Bréfritari: Ólafur Ólafsson
Viðtakandi: Jón Borgfirðingur
Dagsetning: A-1854-02-12
Skrifað á: Sólheimum í Blönduhlíð  Skag.

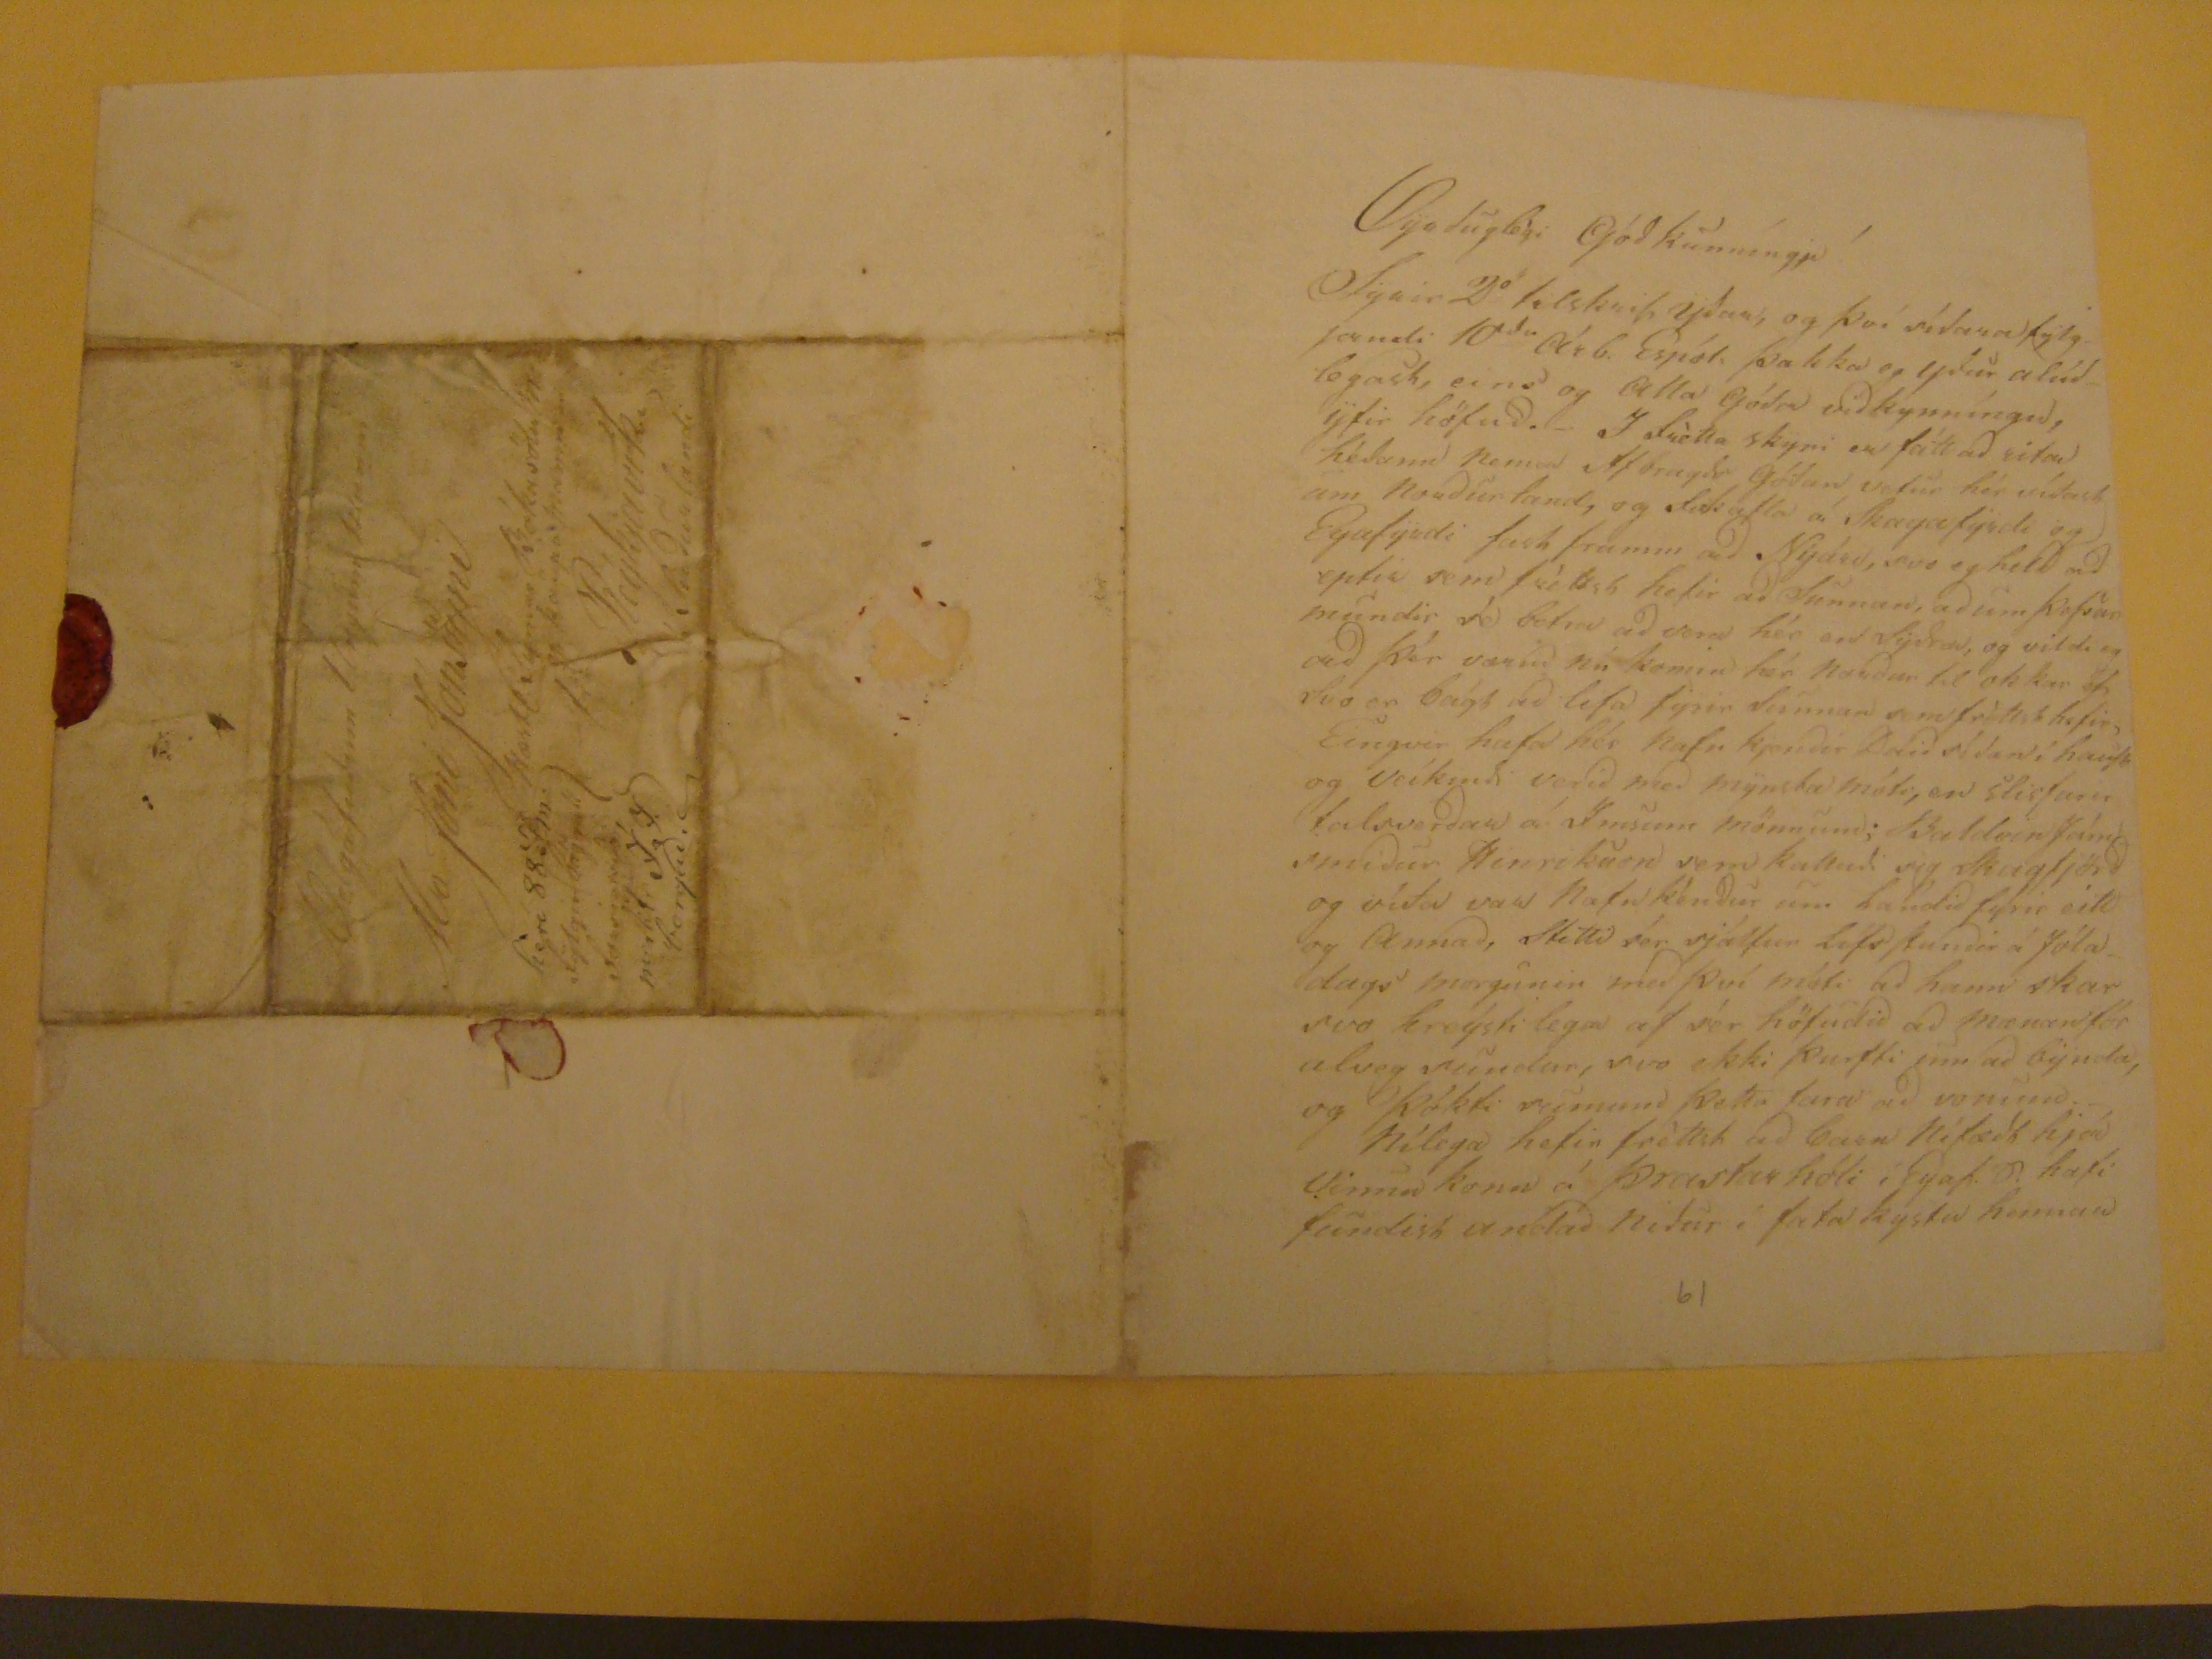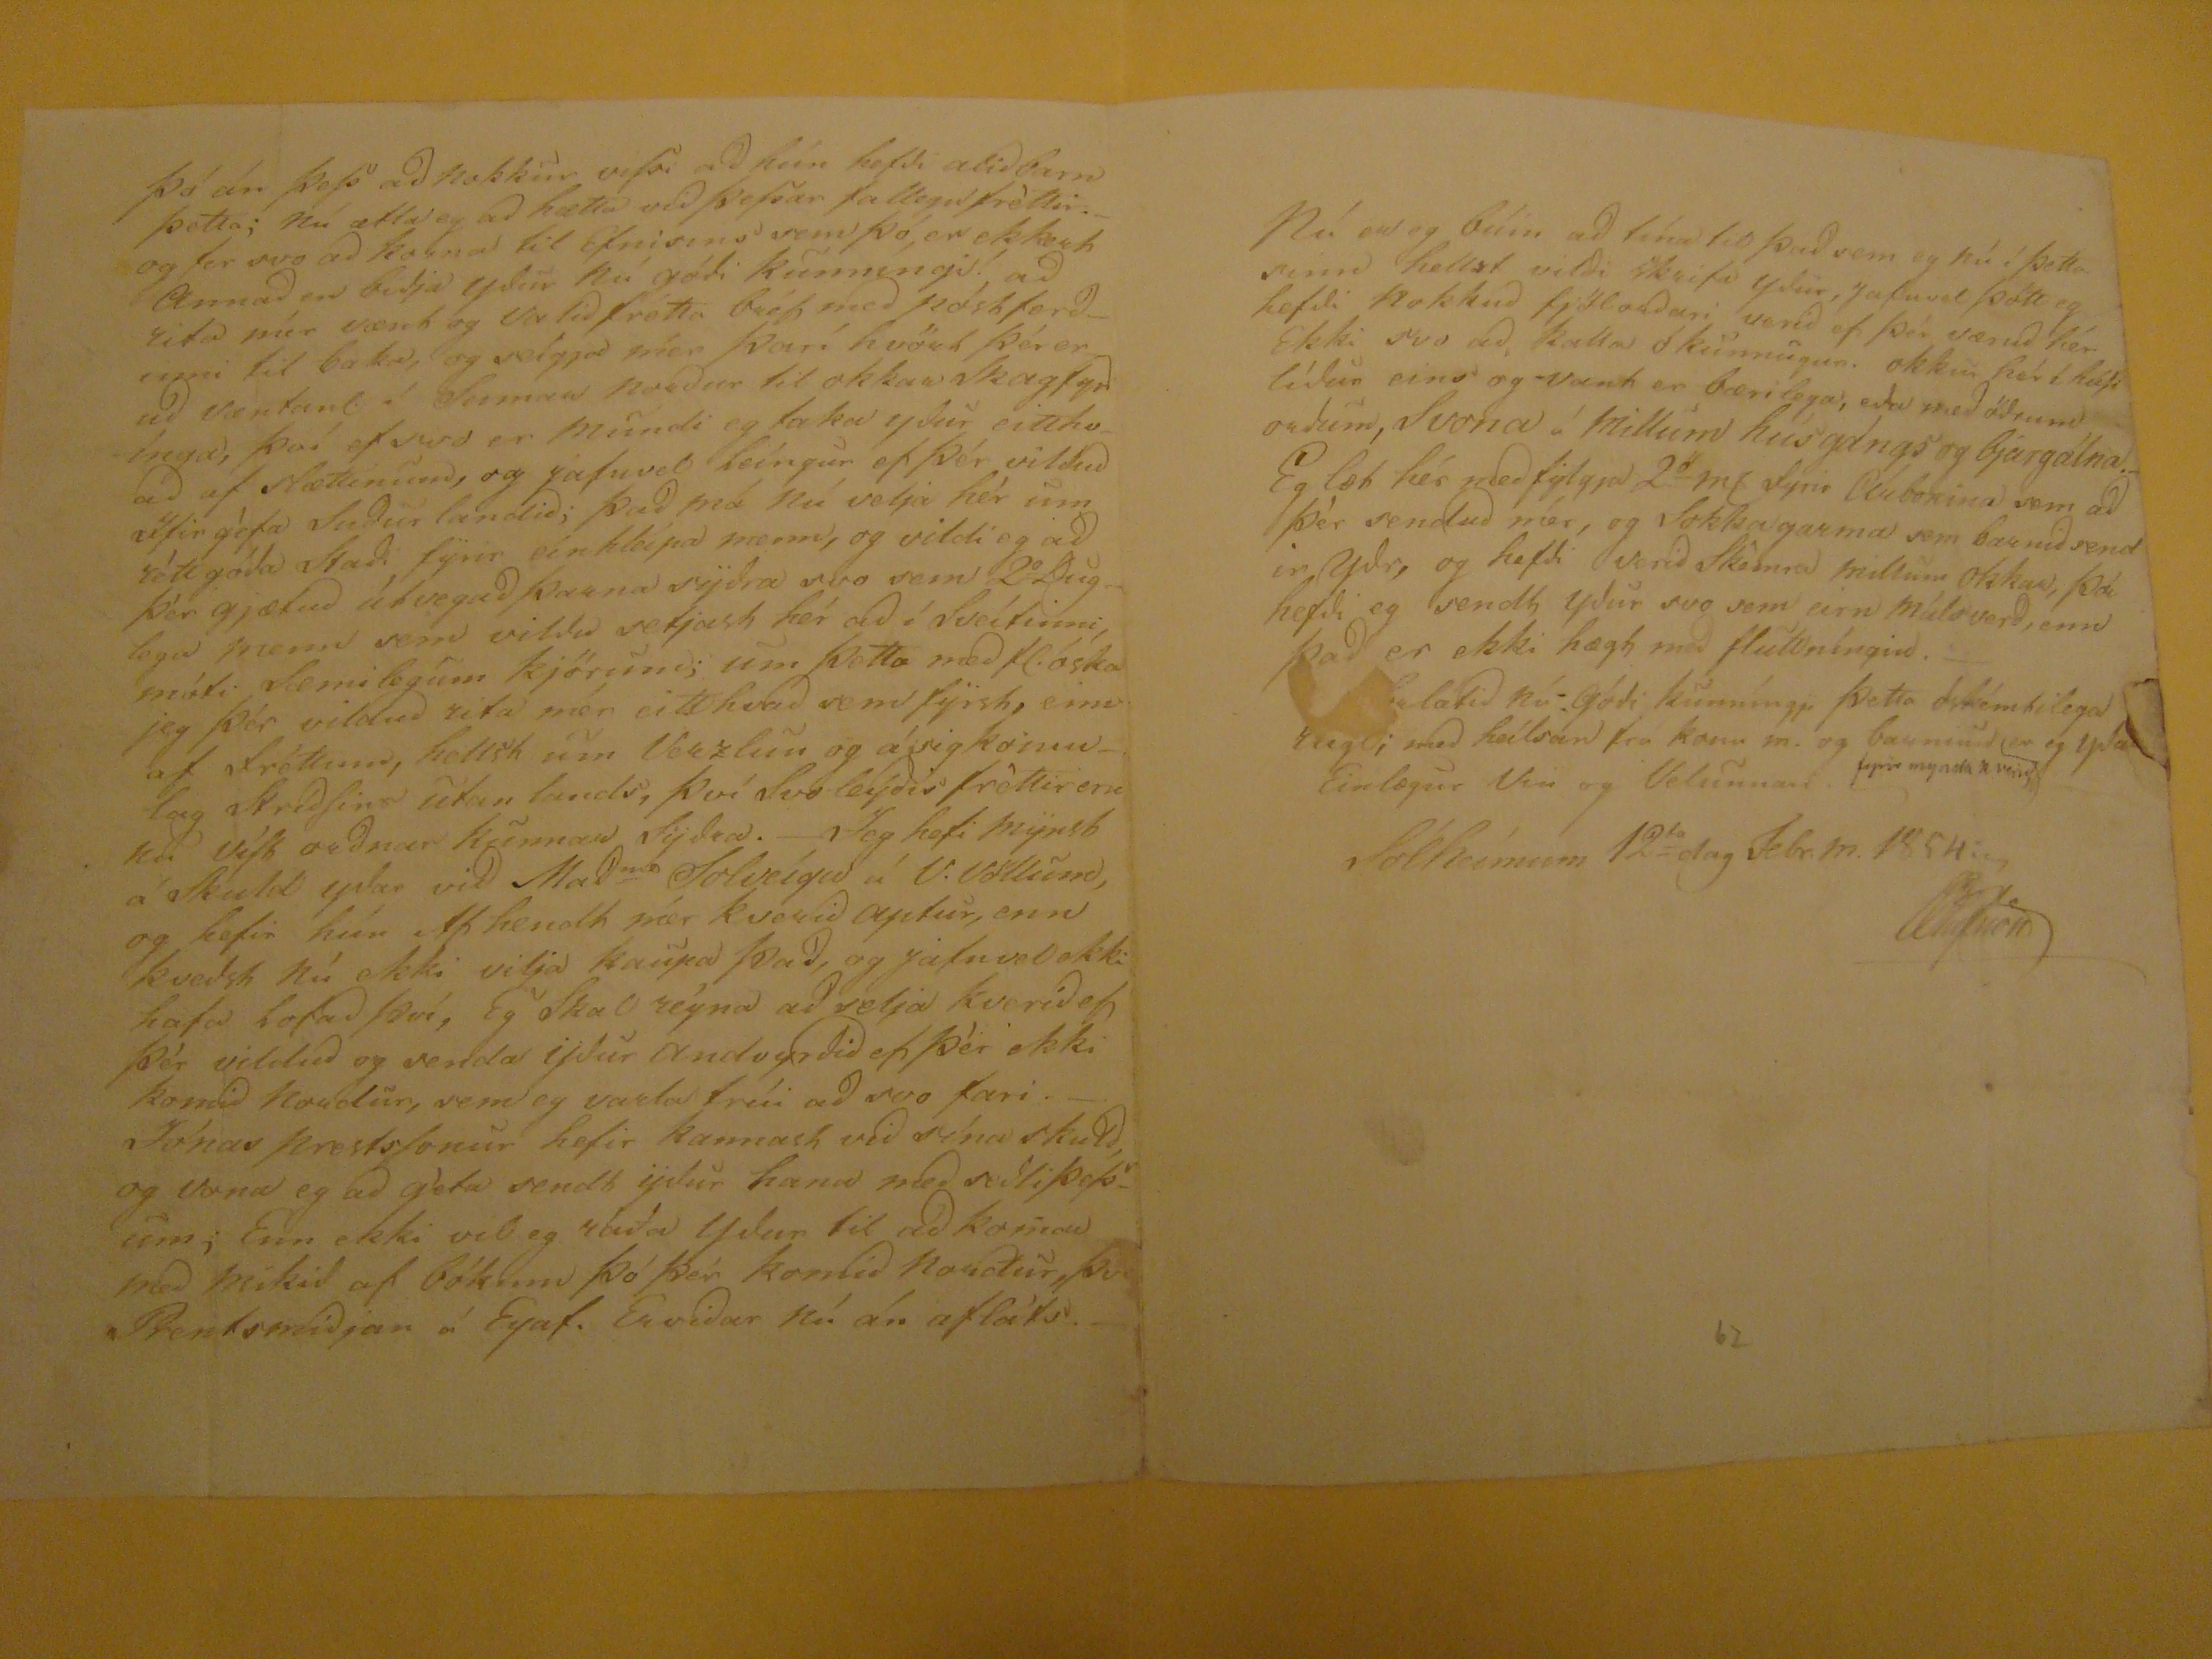

Vyrduglegi
gódkunníngi!
Fyrir 20 tilskrif ydur, og því sídara fylgjandi 10da árb. Espól. þakka eg ydur alúdlegast, eins og alla góda vidkynníngu, ÿfir höfudl. I frètta skÿni er fátt ad vita hédann koma Afbragds gódan vetur hér sídast um Nordurland, og
Sidsafla
í Skagafÿrdi og Eyafÿrdi
fast
framm ad Nýárs, svo eg held ad eptir sem frèttst hefir ad Sunnan, ad um
þofsan
mýndir ad betra ad vera hér en Sydra, og vildi eg ad þér værud nú komin hér Nordur til okkar ef svo er bágt ad lifa fyrir Sunnan sem fréttst hefir, Eingvir hafa hér Nafn kjendir Dáid sídan í haust og veíkindi verid med mÿnsta móti, en slisfarir talsverdar á Ymsum mönnum; Baldvin Járnsmidur
Minri kvord
sem kalladi sig Skagfjörd og víða var Nafnkendur um landif fyrir eitt og Annad, Slitti sér sjálfur lífs kundir á Jóladags morgunin med því móti ad hann skar svo hreýstilega af sér höfudid ad mænan fór alveg sundur, svo ekki þurfti inn ad bÿnda, og þókti sumum þetta fara ad vonum.
Nílega hefir frèttst ad barn Nífætt hjá Vinnukonu á Þrastarhóli í Eyafirdi hafi fundist andad nidur í fatakystu hennar
þó án þeSs ad Nokkur viSsi ad hún hefdi alid barn þetta; Nú ætla eg ad hætta vid þeSsar fallegu frèttir. og fer svo ad koma til Efnisins sem þó er ekkert Annad en bidja ydur Nú gódi kunníngi! ad rita mér vænt og Vatid frétta bréf med póstferdinni til baka, og seígja mér þan hvört þér er ad væntast í Sumar Nordur til okkar Skagfyrdinga, því ef svo er mundi eg taka ydur eitthvad af
slættimund
, og jafnvel leíngur ef þér vildud yfirgéfa Sudur landid, þad má nú velja hér um réttgóda Stadi fÿrir einhleipa menn, og vildi eg ad þér gjætud útvegad þarna sÿdra svo sem 20 Duglega menn sem vildu setjast hér ad í Sveítinni, móti Sæmilegum kjörum; um þetta med
H óska
jeg þér vildud rita mér eitthvad sem fÿrst, einu af fréttum, hellst um Verslun og á sig komulag StrídSins utan lands, því Svo leýdir frèttir eru svo víst ordnar kunnar Sÿdra.- Jeg hefi mÿnst á Skuld ydar vid Mad(in) Solveigis á V. Völlum, og hefir hún Af hendt mér kverid aptur, enn kvedst Nú ekki vilja kaupa þad, og jafnvel ekki hafa lofad því, Eg Skal reýna ad selja kverid ef þér vildud og senda ydur andvyrdid ef þér ekki komid Nordur, sem eg varla trúi ad so færi.- Jónas prestsSonur hefir kannast vid sínar skuld og vona eg ad geta sendt ydur hana med
sedli þeSsum
; Enn ekki vil eg
neiða
ydur til ad koma med mikid af bókum þó þér komid nordur, því Prentsmidjan á Eyaf. Ervidar Nú án afláts. Nú er eg búin ad lína til þad sem eg nú í þetta sinn hellst vildi skrifa ydur, jafnvel þótt eg hefdi Nokkud fjölordari verid ef þú værud hér. Ekki svo ad, kalla ókunnugur. okkur hér hæfi lídur eins og vænt er bærilega, eda med ödrum ordum, Svona á millum húsgángs og bjargálna.
Eg læt hér med fylgja 20, fyrir
aubókina
sem ad þér sendud mér, og lokka garma sem barnid sendir ydr, og hefdi verid Skömm millum okkar, þá hefdi eg sendt ydur svo sem einn Málsverd, enn þad er ekki hægt med fluttníngin.-
lætid nú gódi kunníngji þetta óskémtilega
Negli
med heilsan frá konu sn. og barninu
fyrir mynda mig
er eg ydar Einlægur Vin og Veluggari.
Sólheimum 12da dag Febr. sn. 1854.
Olafur
Velgáfudum Ungum Manni
Mo Jóni Jónssyni
næst Sumar Bókasölum.
og kaupmanninn
Reykjavík
Sudurlandi
88
Sm
fÿlgir bögrull
Sonvsigrudi, merkt J.J. borgfi.